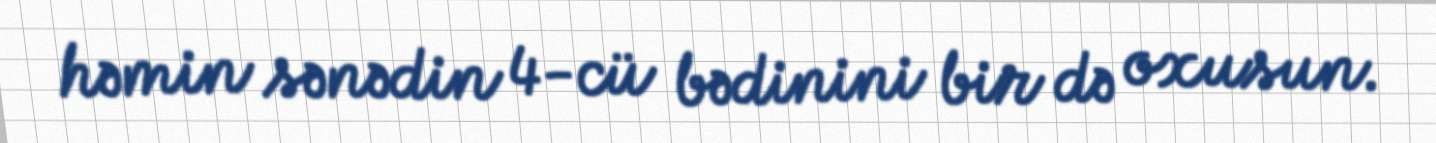
həmin sənədin 4-cü bədinini bir də oxusun.